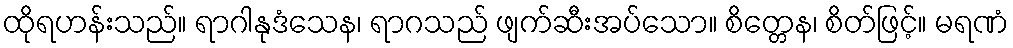
ထိုရဟန်းသည်။ ရာဂါနုဒံသေန၊ ရာဂသည် ဖျက်ဆီးအပ်သော။ စိတ္တေန၊ စိတ်ဖြင့်။ မရဏံ